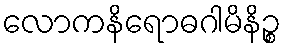
လောကနိရောဓဂါမိနိဉ္စ